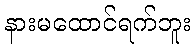
နားမထောင်ရက်ဘူး